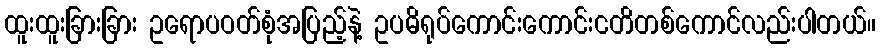
ထူးထူးခြားခြား ဥရောပဝတ်စုံအပြည့်နဲ့ ဥပဓိရုပ်ကောင်းကောင်းငတိတစ်ကောင်လည်းပါတယ်။